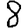
Digit: 8